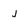
Character: j